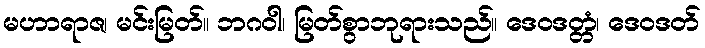
မဟာရာဇ၊ မင်းမြတ်။ ဘဂဝါ၊ မြတ်စွာဘုရားသည်။ ဒေဝဒတ္တံ၊ ဒေဝဒတ်